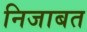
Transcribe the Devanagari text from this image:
निजाबत